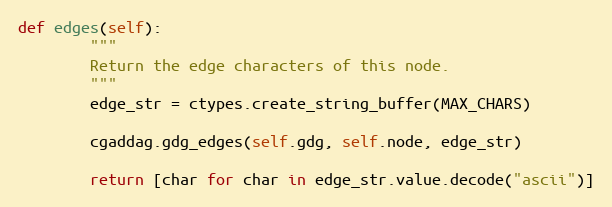
Language: Python
def edges(self):
        """
        Return the edge characters of this node.
        """
        edge_str = ctypes.create_string_buffer(MAX_CHARS)

        cgaddag.gdg_edges(self.gdg, self.node, edge_str)

        return [char for char in edge_str.value.decode("ascii")]